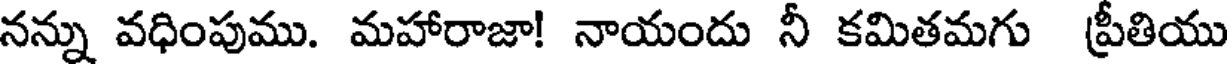
నన్ను వధింపుము. మహారాజా! నాయందు నీ కమితమగు ప్రీతియు